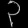
Digit: ၃